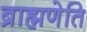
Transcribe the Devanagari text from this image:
ब्राह्मणेति